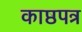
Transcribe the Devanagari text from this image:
काष्ठपत्र